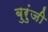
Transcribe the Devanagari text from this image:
बुरुंजी